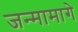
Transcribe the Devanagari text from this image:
जन्मामागे